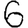
Digit: 6